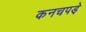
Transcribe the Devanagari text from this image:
कनचपडे़